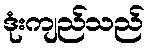
ဒုံးကျည်သည်